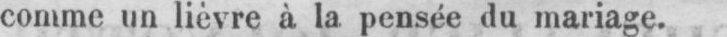
comme un lièvre à la pensée du mariage.